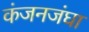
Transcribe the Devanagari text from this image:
कंजनजंघा